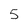
Character: 5